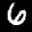
Label: 6